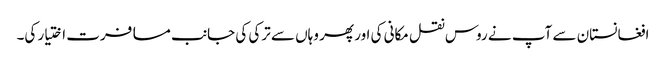
افغانستان سے آپ نے روس نقل مکانی کی اور پھر وہاں سے ترکی کی جانب مسافرت اختیار کی۔